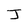
Character: J